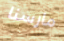
مارسنا